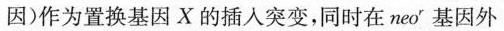
因)作为置换基因X的插入突变，同时在neo^{r}基因外